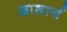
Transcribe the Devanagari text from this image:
आछार्य